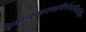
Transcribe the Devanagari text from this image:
हेमालंकारभाभिर्भरनमितशिखैः